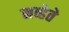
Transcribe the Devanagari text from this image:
नव्हेते